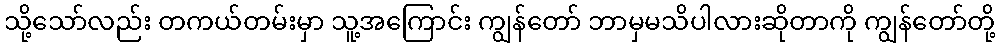
သို့သော်လည်း တကယ်တမ်းမှာ သူ့အကြောင်း ကျွန်တော် ဘာမှမသိပါလားဆိုတာကို ကျွန်တော်တို့